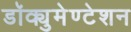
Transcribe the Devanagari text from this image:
डॉक्युमेण्टेशन